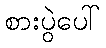
စားပွဲပေါ်